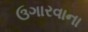
ઉગારવાના